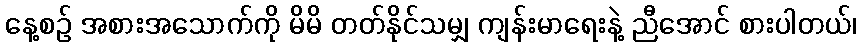
နေ့စဉ် အစားအသောက်ကို မိမိ တတ်နိုင်သမျှ ကျန်းမာရေးနဲ့ ညီအောင် စားပါတယ်၊